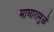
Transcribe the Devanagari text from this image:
माघारामुळे